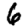
Digit: 6